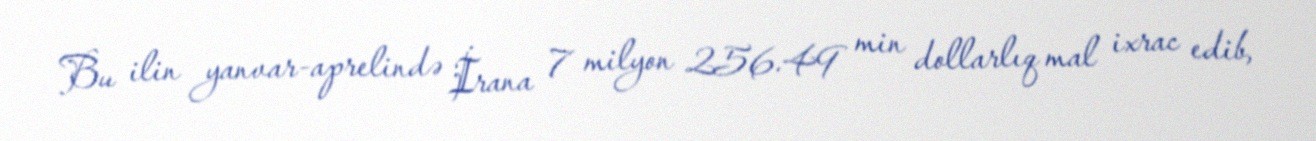
Bu ilin yanvar-aprelində İrana 7 milyon 256.49 min dollarlıq mal ixrac edib,